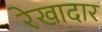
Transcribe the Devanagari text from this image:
रेखादार